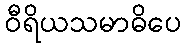
ဝီရိယသမာဓိပေ